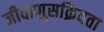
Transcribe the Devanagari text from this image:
जीवाणुसक्रियता